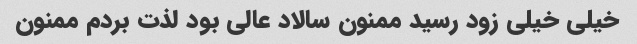
خیلی خیلی زود رسید ممنون سالاد عالی بود لذت بردم ممنون